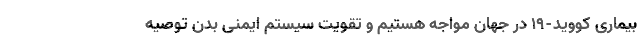
بیماری کووید-19 در جهان مواجه هستیم و تقویت سیستم ایمنی بدن توصیه